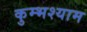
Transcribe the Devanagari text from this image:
कुम्भश्याम